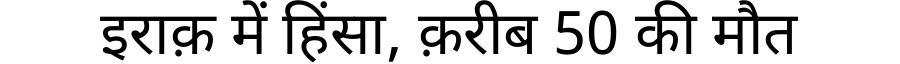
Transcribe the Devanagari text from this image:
इराक़ में हिंसा, क़रीब 50 की मौत